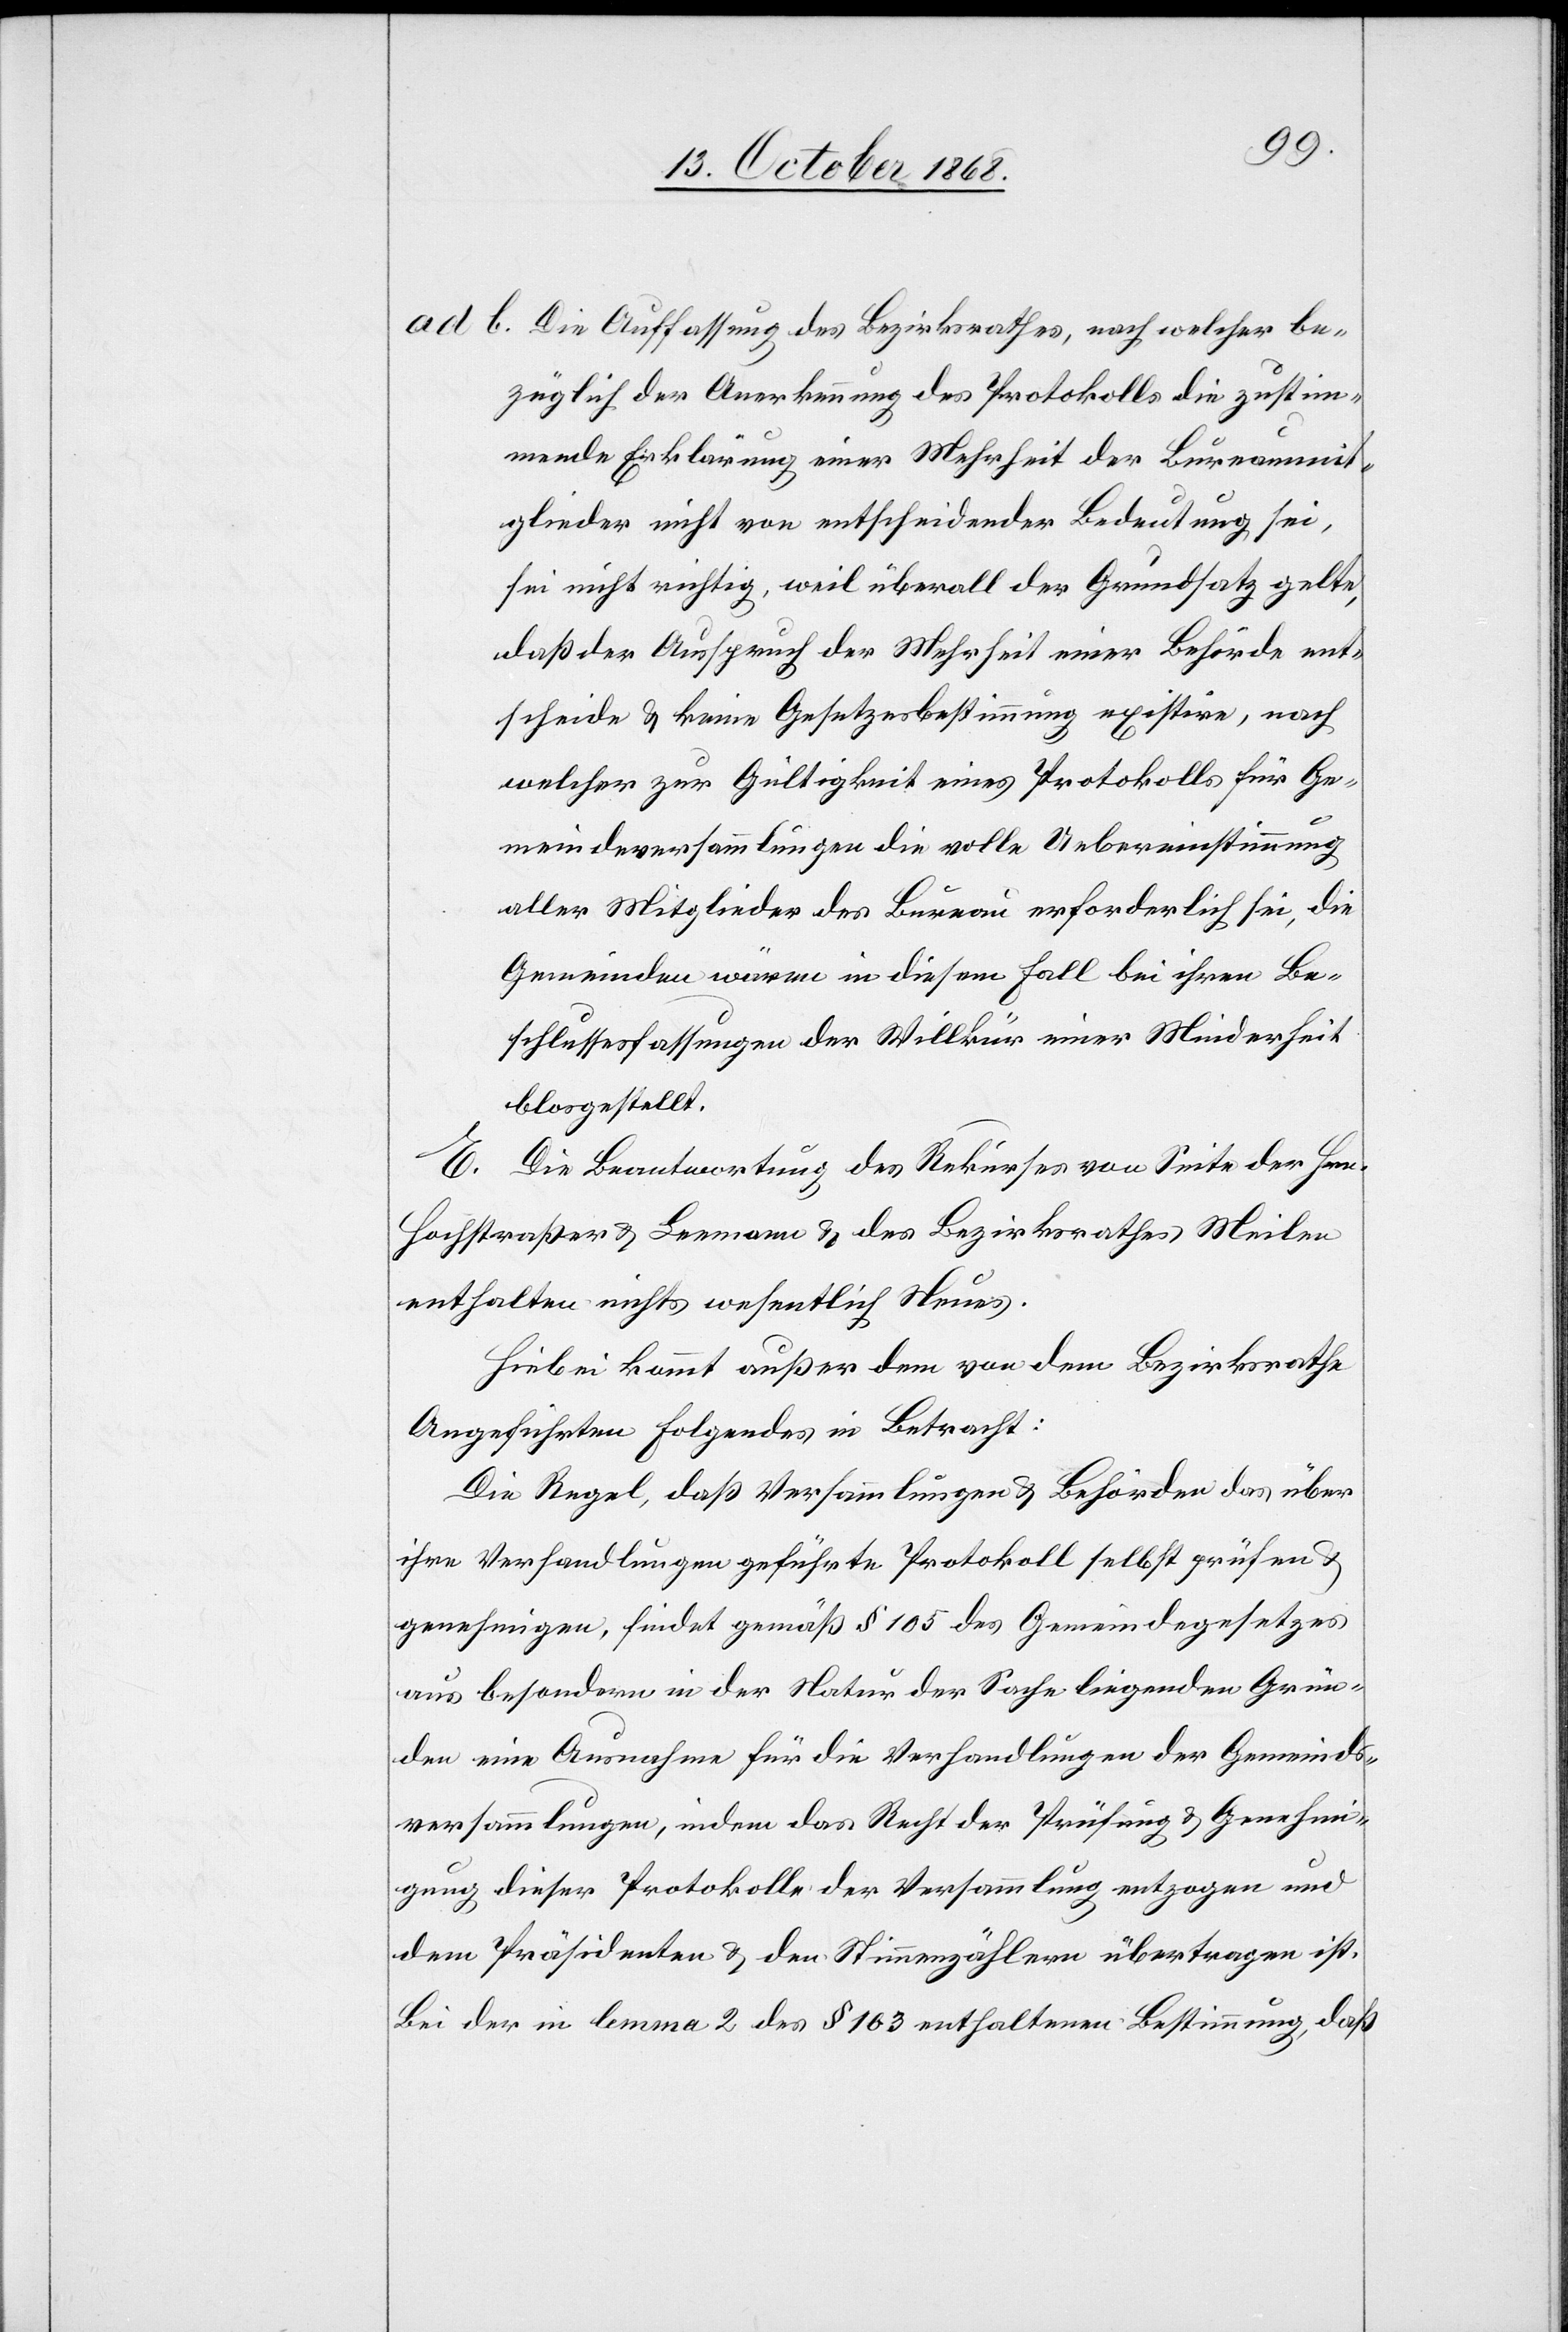
Die Auffassung des Bezirksrathes, nach welcher be¬
züglich der Anerkennung des Protokolls die zustim¬
mende Erklärung einer Mehrheit der Bureaumit¬
glieder nicht von entscheidender Bedeutung sei,
sei nicht richtig, weil überall der Grundsatz gelte,
daß der Ausspruch der Mehrheit einer Behörde ent¬
scheide & keine Gesetzesbestimmung existire, nach
welcher zur Gültigkeit eines Protokolls für Ge¬
meindeversammlungen die volle Uebereinstimmung
aller Mitglieder des Bureau erforderlich sei, die
Gemeinden wären in diesem Fall bei ihren Be¬
schlussesfassungen der Willkür einer Minderheit
blosgestellt.
Die Beantwortung des Rekurses von Seite der Hrn.
b.
Hochstraßer & Leemann & des Bezirksrathes Meilen
enthalten nichts wesentlich Neues.
Hiebei kommt außer dem von dem Bezirksrathe
Angeführten Folgendes in Betracht:
Die Regel, daß Versammlungen & Behörden das über
ihre Verhandlungen geführte Protokoll selbst prüfen &
genehmigen, findet gemäß § 105 des Gemeindegesetzes
aus besondern in der Natur der Sache liegenden Grün¬
den eine Ausnahme für die Verhandlungen der Gemeinds¬
versammlungen, indem das Recht der Prüfung & Genehmi¬
gung dieser Protokolle der Versammlung entzogen und
dem Präsidenten & den Stimmenzählern übertragen ist.
Bei der in lemma 2 des § 103 enthaltenen Bestimmung, daß